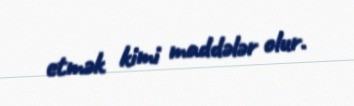
etmək kimi maddələr olur.